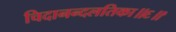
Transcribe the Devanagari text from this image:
चिदानन्दलतिका॥६॥